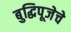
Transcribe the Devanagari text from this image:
बुद्धिपूजेचे